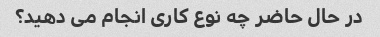
در حال حاضر چه نوع کاری انجام می دهید؟